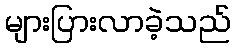
များပြားလာခဲ့သည်